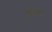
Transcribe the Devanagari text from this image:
हरिस्ते